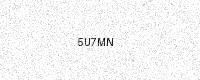
Text: 5U7MN